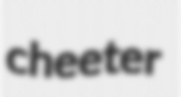
cheeter